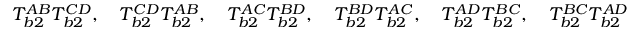
T _ { b 2 } ^ { A B } T _ { b 2 } ^ { C D } , \quad T _ { b 2 } ^ { C D } T _ { b 2 } ^ { A B } , \quad T _ { b 2 } ^ { A C } T _ { b 2 } ^ { B D } , \quad T _ { b 2 } ^ { B D } T _ { b 2 } ^ { A C } , \quad T _ { b 2 } ^ { A D } T _ { b 2 } ^ { B C } , \quad T _ { b 2 } ^ { B C } T _ { b 2 } ^ { A D }